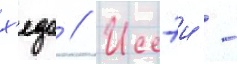
х'едо // Иссэи -